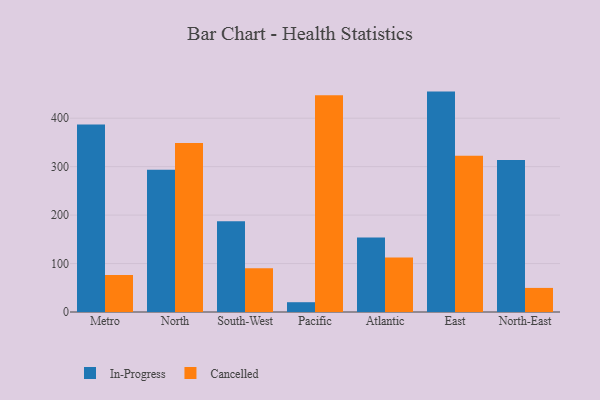
{"axis": {"x": "Region", "y": "Inventory Turnover"}, "legend": ["Cancelled", "In-Progress"], "data": [{"x": "Metro", "y": 387.1, "type": "In-Progress"}, {"x": "Metro", "y": 76.6, "type": "Cancelled"}, {"x": "North", "y": 293.5, "type": "In-Progress"}, {"x": "North", "y": 348.8, "type": "Cancelled"}, {"x": "South-West", "y": 187.4, "type": "In-Progress"}, {"x": "South-West", "y": 90.2, "type": "Cancelled"}, {"x": "Pacific", "y": 20.2, "type": "In-Progress"}, {"x": "Pacific", "y": 447.5, "type": "Cancelled"}, {"x": "Atlantic", "y": 154.0, "type": "In-Progress"}, {"x": "Atlantic", "y": 112.7, "type": "Cancelled"}, {"x": "East", "y": 454.9, "type": "In-Progress"}, {"x": "East", "y": 322.5, "type": "Cancelled"}, {"x": "North-East", "y": 313.6, "type": "In-Progress"}, {"x": "North-East", "y": 49.7, "type": "Cancelled"}]}